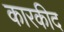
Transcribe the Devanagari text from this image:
कारकीद